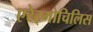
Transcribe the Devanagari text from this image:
एरेट्मोचिलिस